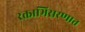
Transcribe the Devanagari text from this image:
रक्ताभिसरणात